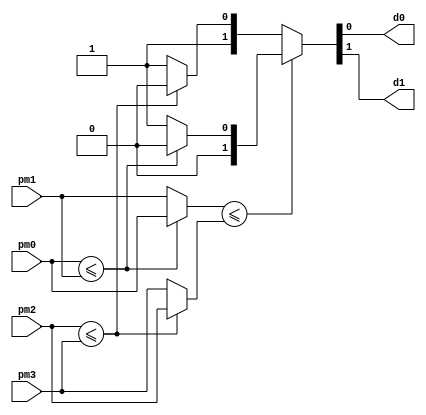
/*
 Andrew Mattheisen 
 Zhiyang Ong 

 EE-577b 2007 fall
 VITERBI DECODER 
 selector module
*/

module selector (pm0, pm1, pm2, pm3, d0, d1);

   // outputs
   output  	d0, d1;
   
   // inputs
   input [3:0] 	pm0, pm1, pm2, pm3;
   
   // registers
   reg   	d0, d1;
   reg [1:0]	int0, int1;
   reg [3:0]	pm_int0, pm_int1;

   always @ (pm0 or pm1 or pm2 or pm3)
	 begin
		int0 = (pm0<=pm1)?2'd0:2'd1; // select smaller of pm0 or pm1 
		int1 = (pm2<=pm3)?2'd2:2'd3; // select smaller of pm2 or pm3
		pm_int0 = (pm0<=pm1)?pm0:pm1; // select smaller of pm0 or pm1
		pm_int1 = (pm2<=pm3)?pm2:pm3; // select smaller of pm2 or pm3
		{d1,d0} = (pm_int0<=pm_int1)?int0:int1; // create control signals d0 and d1
	 end // always @ (pm0 or pm1 or pm2 or pm3)


endmodule